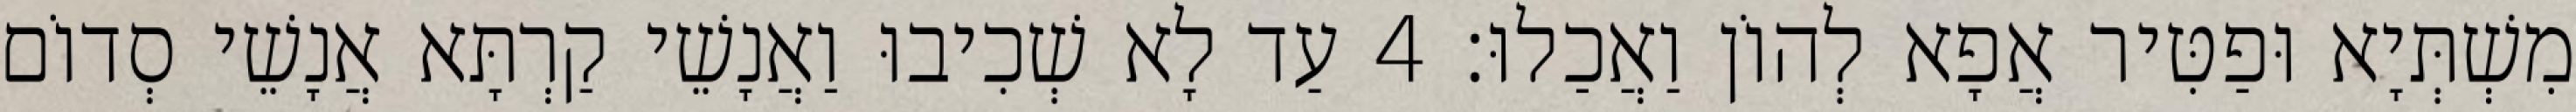
מִשְׁתְּיָא וּפַטִּיר אֲפָא לְהוֹן וַאֲכַלוּ׃ 4 עַד לָא שְׁכִיבוּ וַאֲנָשֵׁי קַרְתָּא אֲנָשֵׁי סְדוֹם